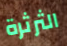
الثرثرة